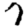
Digit: 7